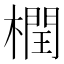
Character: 橍